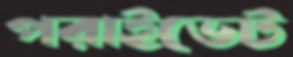
পরাইভেট